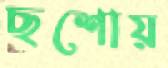
ছশোয়